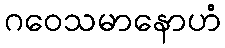
ဂဝေသမာနောဟံ